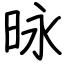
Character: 昹